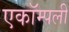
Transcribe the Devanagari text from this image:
एकॉम्पली